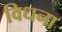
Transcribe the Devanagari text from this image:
विधना